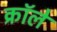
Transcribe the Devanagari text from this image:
क्रॉले